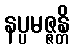
နပ္ပမဇ္ဇန္တိ